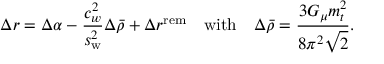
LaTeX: \Delta r = \Delta \alpha - \frac { c _ { w } ^ { 2 } } { s _ { \mathrm { w } } ^ { 2 } } \Delta \bar { \rho } + \Delta r ^ { \mathrm { r e m } } ~ ~ ~ \mathrm { w i t h } ~ ~ ~ \Delta \bar { \rho } = \frac { 3 G _ { \mu } m _ { t } ^ { 2 } } { 8 \pi ^ { 2 } \sqrt { 2 } } .